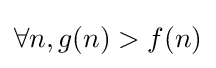
\forall n,g(n)>f(n)